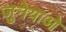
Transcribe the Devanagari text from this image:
जुनेयाओ